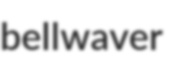
bellwaver